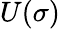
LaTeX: U(\sigma)